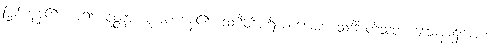
ဖြစ်ကုန်၏ ဟူ၍။ ဝုတ္တာ၊ မူအပ်ကုန်၏။ သင်္ဂီတိပရိယာယေစ၊ သင်္ဂီ တိသုတ် ဒေသနာ၌ကား။